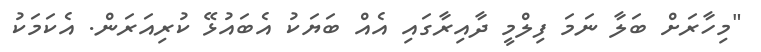
"މިހާރަށް ބަލާ ނަމަ ފިލްމީ ދާއިރާގައި އެއް ބަޔަކު އެބައުޅޭ ކުރިއަރަން. އެކަމަކު